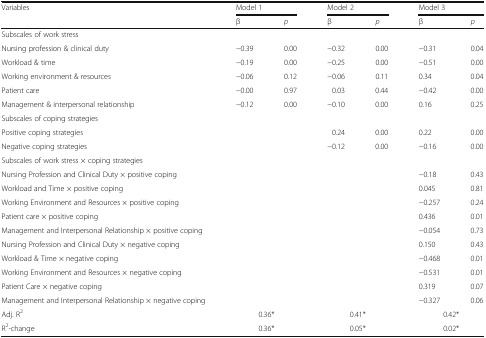
| <ROWSPAN=2> Variables | <COLSPAN=2> Model 1 | <COLSPAN=2> Model 2 | <COLSPAN=2> Model 3 |
 | β | p | β | p | β | p |
 | --- | --- | --- | --- | --- | --- | --- |
 | <COLSPAN=7> Subscales of work stress |
 | Nursing profession & clinical duty | −0.39 | 0.00 | −0.32 | 0.00 | −0.31 | 0.04 |
 | Workload & time | −0.19 | 0.00 | −0.25 | 0.00 | −0.51 | 0.00 |
 | Working environment & resources | −0.06 | 0.12 | −0.06 | 0.11 | 0.34 | 0.04 |
 | Patient care | −0.00 | 0.97 | 0.03 | 0.44 | −0.42 | 0.00 |
 | Management & interpersonal relationship | −0.12 | 0.00 | −0.10 | 0.00 | 0.16 | 0.25 |
 | <COLSPAN=7> Subscales of coping strategies |
 | Positive coping strategies |  |  | 0.24 | 0.00 | 0.22 | 0.00 |
 | Negative coping strategies |  |  | −0.12 | 0.00 | −0.16 | 0.00 |
 | <COLSPAN=7> Subscales of work stress × coping strategies |
 | Nursing Profession and Clinical Duty × positive coping |  |  |  |  | −0.18 | 0.43 |
 | Workload and Time × positive coping |  |  |  |  | 0.045 | 0.81 |
 | Working Environment and Resources × positive coping |  |  |  |  | −0.257 | 0.24 |
 | Patient care × positive coping |  |  |  |  | 0.436 | 0.01 |
 | Management and Interpersonal Relationship × positive coping |  |  |  |  | −0.054 | 0.73 |
 | Nursing Profession and Clinical Duty × negative coping |  |  |  |  | 0.150 | 0.43 |
 | Workload & Time × negative coping |  |  |  |  | −0.468 | 0.01 |
 | Working Environment and Resources × negative coping |  |  |  |  | −0.531 | 0.01 |
 | Patient Care × negative coping |  |  |  |  | 0.319 | 0.07 |
 | Management and Interpersonal Relationship × negative coping |  |  |  |  | −0.327 | 0.06 |
 | Adj. R2 | <COLSPAN=2> 0.36* | <COLSPAN=2> 0.41* | <COLSPAN=2> 0.42* |
 | R2-change | <COLSPAN=2> 0.36* | <COLSPAN=2> 0.05* | <COLSPAN=2> 0.02* |